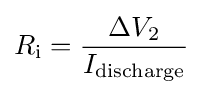
R_{\text{i}}={\frac {\Delta V_{2}}{I_{\text{discharge}}}}